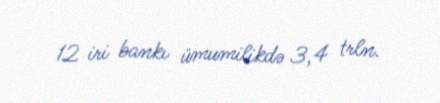
12 iri bankı ümumilikdə 3,4 trln.